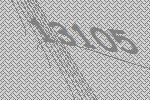
13105